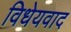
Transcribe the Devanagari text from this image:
विधेयवाद